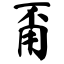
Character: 甭